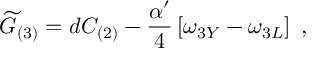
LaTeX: { \widetilde G } _ { ( 3 ) } = d C _ { ( 2 ) } - { \frac { \alpha ^ { \prime } } { 4 } } \left[ \omega _ { 3 Y } - \omega _ { 3 L } \right] \ ,